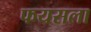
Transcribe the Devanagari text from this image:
फयसला